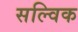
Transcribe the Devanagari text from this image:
सल्विक